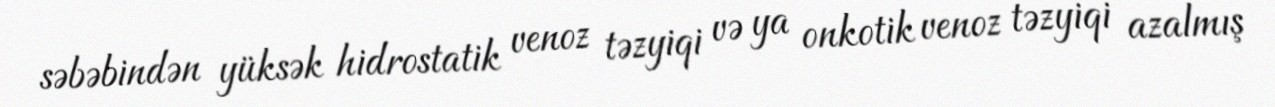
səbəbindən yüksək hidrostatik venoz təzyiqi və ya onkotik venoz təzyiqi azalmış